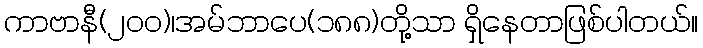
ကာဗာနီ(၂၀၀)၊အမ်ဘာပေ(၁၈၈)တို့သာ ရှိနေတာဖြစ်ပါတယ်။